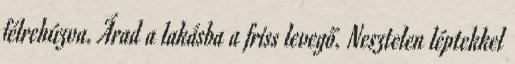
félrehúzva. Árad a lakásba a friss levegő. Nesztelen léptekkel